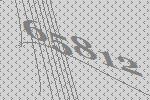
65812